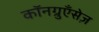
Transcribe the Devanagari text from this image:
कॉनग्रुएँसेज़